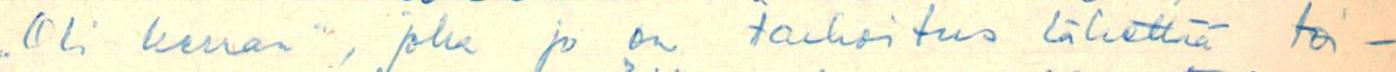
Oli kerran", joka jo on tarkoitus lähettää toi-